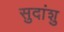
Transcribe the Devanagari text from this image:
सुदांशु